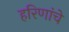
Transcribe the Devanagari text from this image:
हरिणांचे